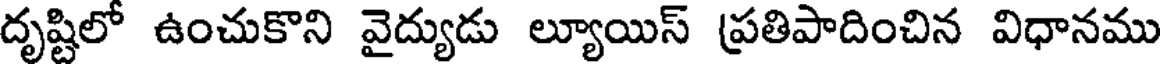
దృష్టిలో ఉంచుకొని వైద్యుడు ల్యూయిస్ ప్రతిపాదించిన విధానము